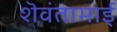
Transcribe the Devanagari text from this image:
शॆवंतामाई